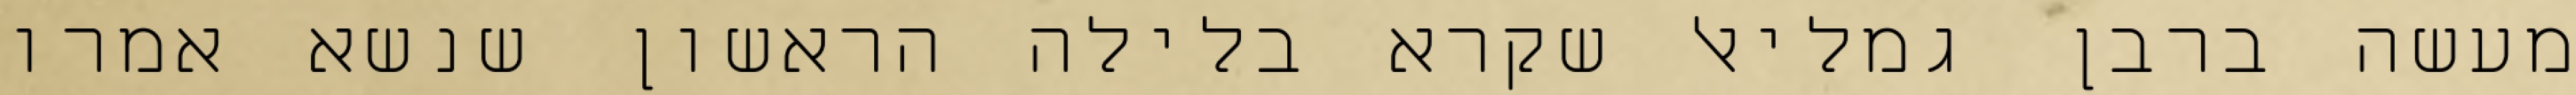
מעשה ברבן גמליאל שקרא בלילה הראשון שנשא אמרו